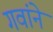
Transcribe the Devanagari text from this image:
गवांने